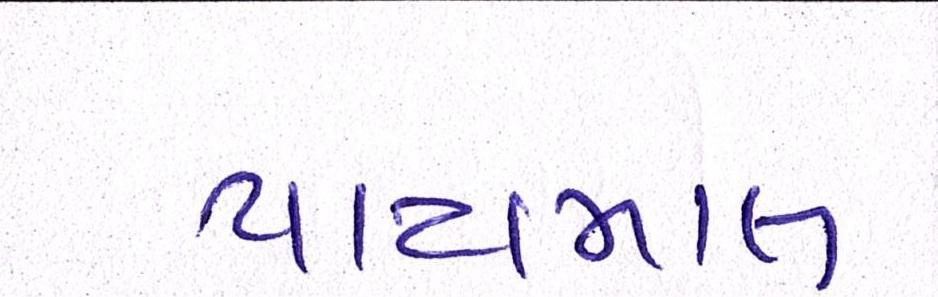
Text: પાયમાલ